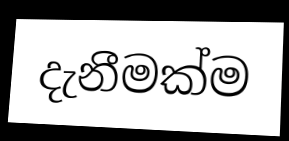
දැනීමක්ම